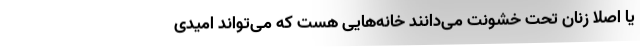
یا اصلاً زنان تحت خشونت می‌دانند خانه‌هایی هست که می‌تواند امیدی